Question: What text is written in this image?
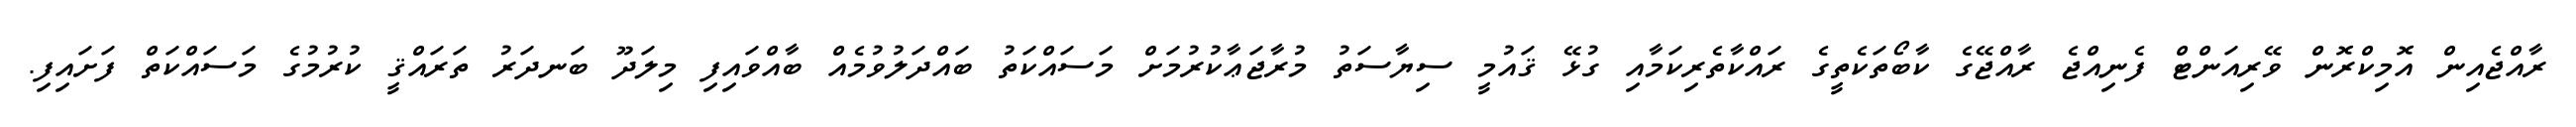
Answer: ރާއްޖެއިން އޮމިކްރޮން ވޭރިއަންޓް ފެނިއްޖެ ރާއްޖޭގެ ކާބޯތަކެތީގެ ރައްކާތެރިކަމާއި ގުޅޭ ޤައުމީ ސިޔާސަތު މުރާޖަޢާކުރުމަށް މަސައްކަތު ބައްދަލުވުމެއް ބާއްވައިފި މިލަދޫ ބަނދަރު ތަރައްޤީ ކުރުމުގެ މަސައްކަތް ފަށައިފި.